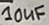
Text: 10uF